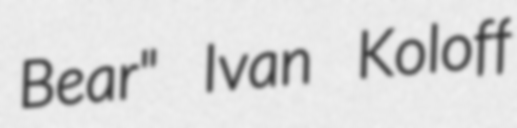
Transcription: Bear" Ivan Koloff